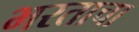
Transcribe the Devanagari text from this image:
भरताचा